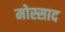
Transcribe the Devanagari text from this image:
मोस्साद